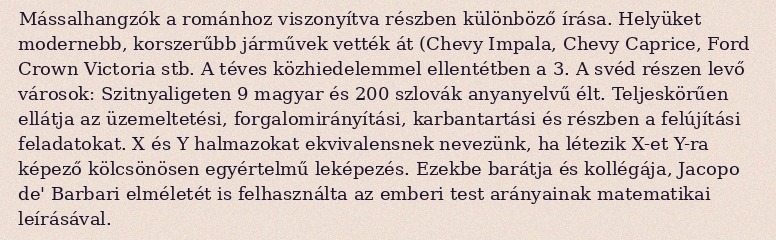
Mássalhangzók a románhoz viszonyítva részben különböző írása. Helyüket modernebb, korszerűbb járművek vették át (Chevy Impala, Chevy Caprice, Ford Crown Victoria stb. A téves közhiedelemmel ellentétben a 3. A svéd részen levő városok: Szitnyaligeten 9 magyar és 200 szlovák anyanyelvű élt. Teljeskörűen ellátja az üzemeltetési, forgalomirányítási, karbantartási és részben a felújítási feladatokat. X és Y halmazokat ekvivalensnek nevezünk, ha létezik X-et Y-ra képező kölcsönösen egyértelmű leképezés. Ezekbe barátja és kollégája, Jacopo de' Barbari elméletét is felhasználta az emberi test arányainak matematikai leírásával.